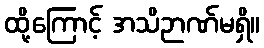
ထို့ကြောင့် အသိဉာဏ်မရှိ။